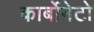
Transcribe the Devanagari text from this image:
कार्बोनेटो